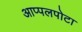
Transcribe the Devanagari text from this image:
आप्पलपोटा